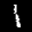
Label: 1